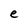
Character: e